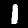
Label: 1